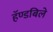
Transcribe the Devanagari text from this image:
हॅण्डबिले